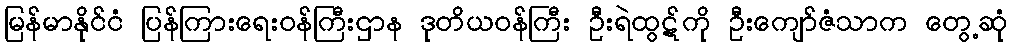
မြန်မာနိုင်ငံ ပြန်ကြားရေးဝန်ကြီးဌာန ဒုတိယဝန်ကြီး ဦးရဲထွဋ်ကို ဦးကျော်ဇံသာက တွေ့ဆုံ